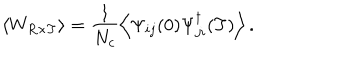
LaTeX: \left< W _ { R \times T } \right> = \frac { 1 } { N _ { c } } \left< \Psi _ { i j } ( 0 ) \Psi _ { j i } ^ { \dagger } ( T ) \right> .